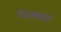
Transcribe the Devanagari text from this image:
यल्मार